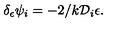
\delta _ { \epsilon } \psi _ { i } = - 2 / k { \cal D } _ { i } \epsilon .